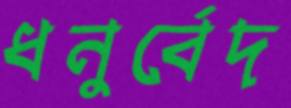
ধনুর্বেদ